Vaccination United Provinces of Agra and Oudh 1914-1922 - 1914-1922
Year: 1914
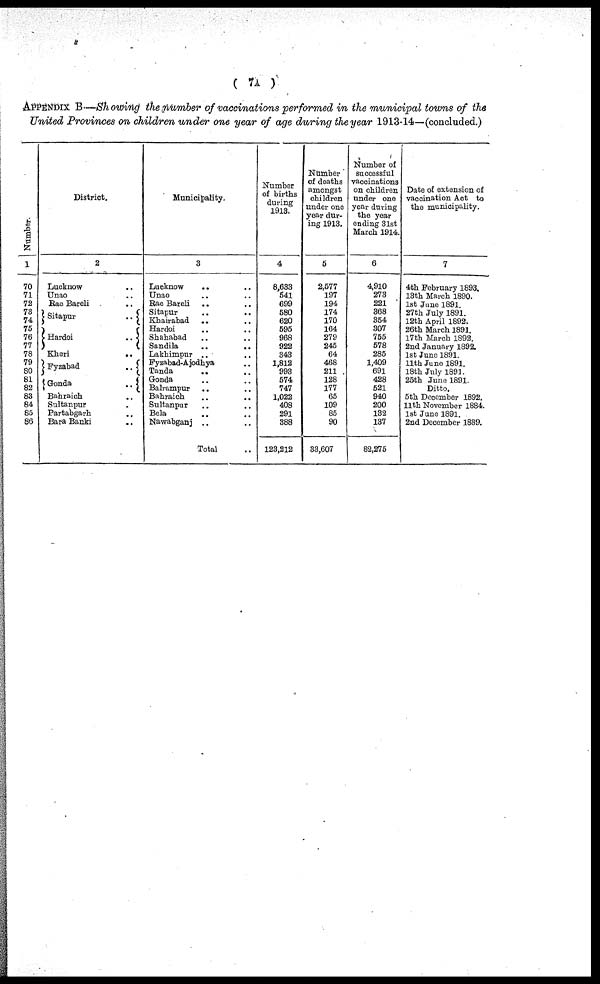
( 7A )
APPENDIX B.—Showing the number of vaccinations performed in the municipal towns of the
United Provinces on children under one year of age during the year 1913-14—(concluded.)
Number.
1
70
71
72
73
74
75
76
77
78
79
80
81
82
83
84
85
86
District.
2
Lucknow ..
Unao ..
Rae Bareli ..
Sitapur
..
Hardoi
..
Kheri
..
Fyzabad
..
Gonda
..
Bahraich ..
Sultanpur ..
Partabgarh ..
Bara Banki ..
Municipality.
3
Lucknow
.. ..
Unao .. ..
Rae Bareli .. ..
Sitapur .. ..
Khairabad
.. ..
Hardoi .. ..
Shahabad .. ..
Sandila
..
..
Lakhimpur .. ..
Fyzabad-Ajodhya ..
Tanda .. ..
Gonda .. ..
Balrampur .. ..
Bahraich ..
Sultanpur .. ..
Bela .. ..
Nawabganj .. ..
Total ..
Number
of births
during
1913.
4
8,633
541
699
580
620
595
968
922
343
1,812
993
574
747
1,022
408
291
388
123,212
Number
of deaths
amongst
children
under one
year dur-
ing 1913.
5
2,577
197
194
174
170
164
279
245
64
468
211
128
177
65
109
85
90
33,607
Number of
successful
vaccinations
on children
under one
year during
the year
ending 31st
March 1914.
6
4,910
273
221
368
354
307
755
578
285
1,409
691
428
521
940
200
132
137
82,275
Date of extension of
vaccination Act to
the municipality.
7
4th February 1893.
13th March 1890.
1st June 1891.
27th July 1891.
12th April 1892.
26th March 1891.
17 th March 1892.
2nd January 1892.
1st June 1891.
11th Juno 1891.
18th July 1891.
25th June 1891.
Ditto.
5th December 1892.
11th November 1884.
1st June 1891.
2nd December 1889.